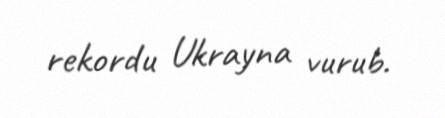
rekordu Ukrayna vurub.